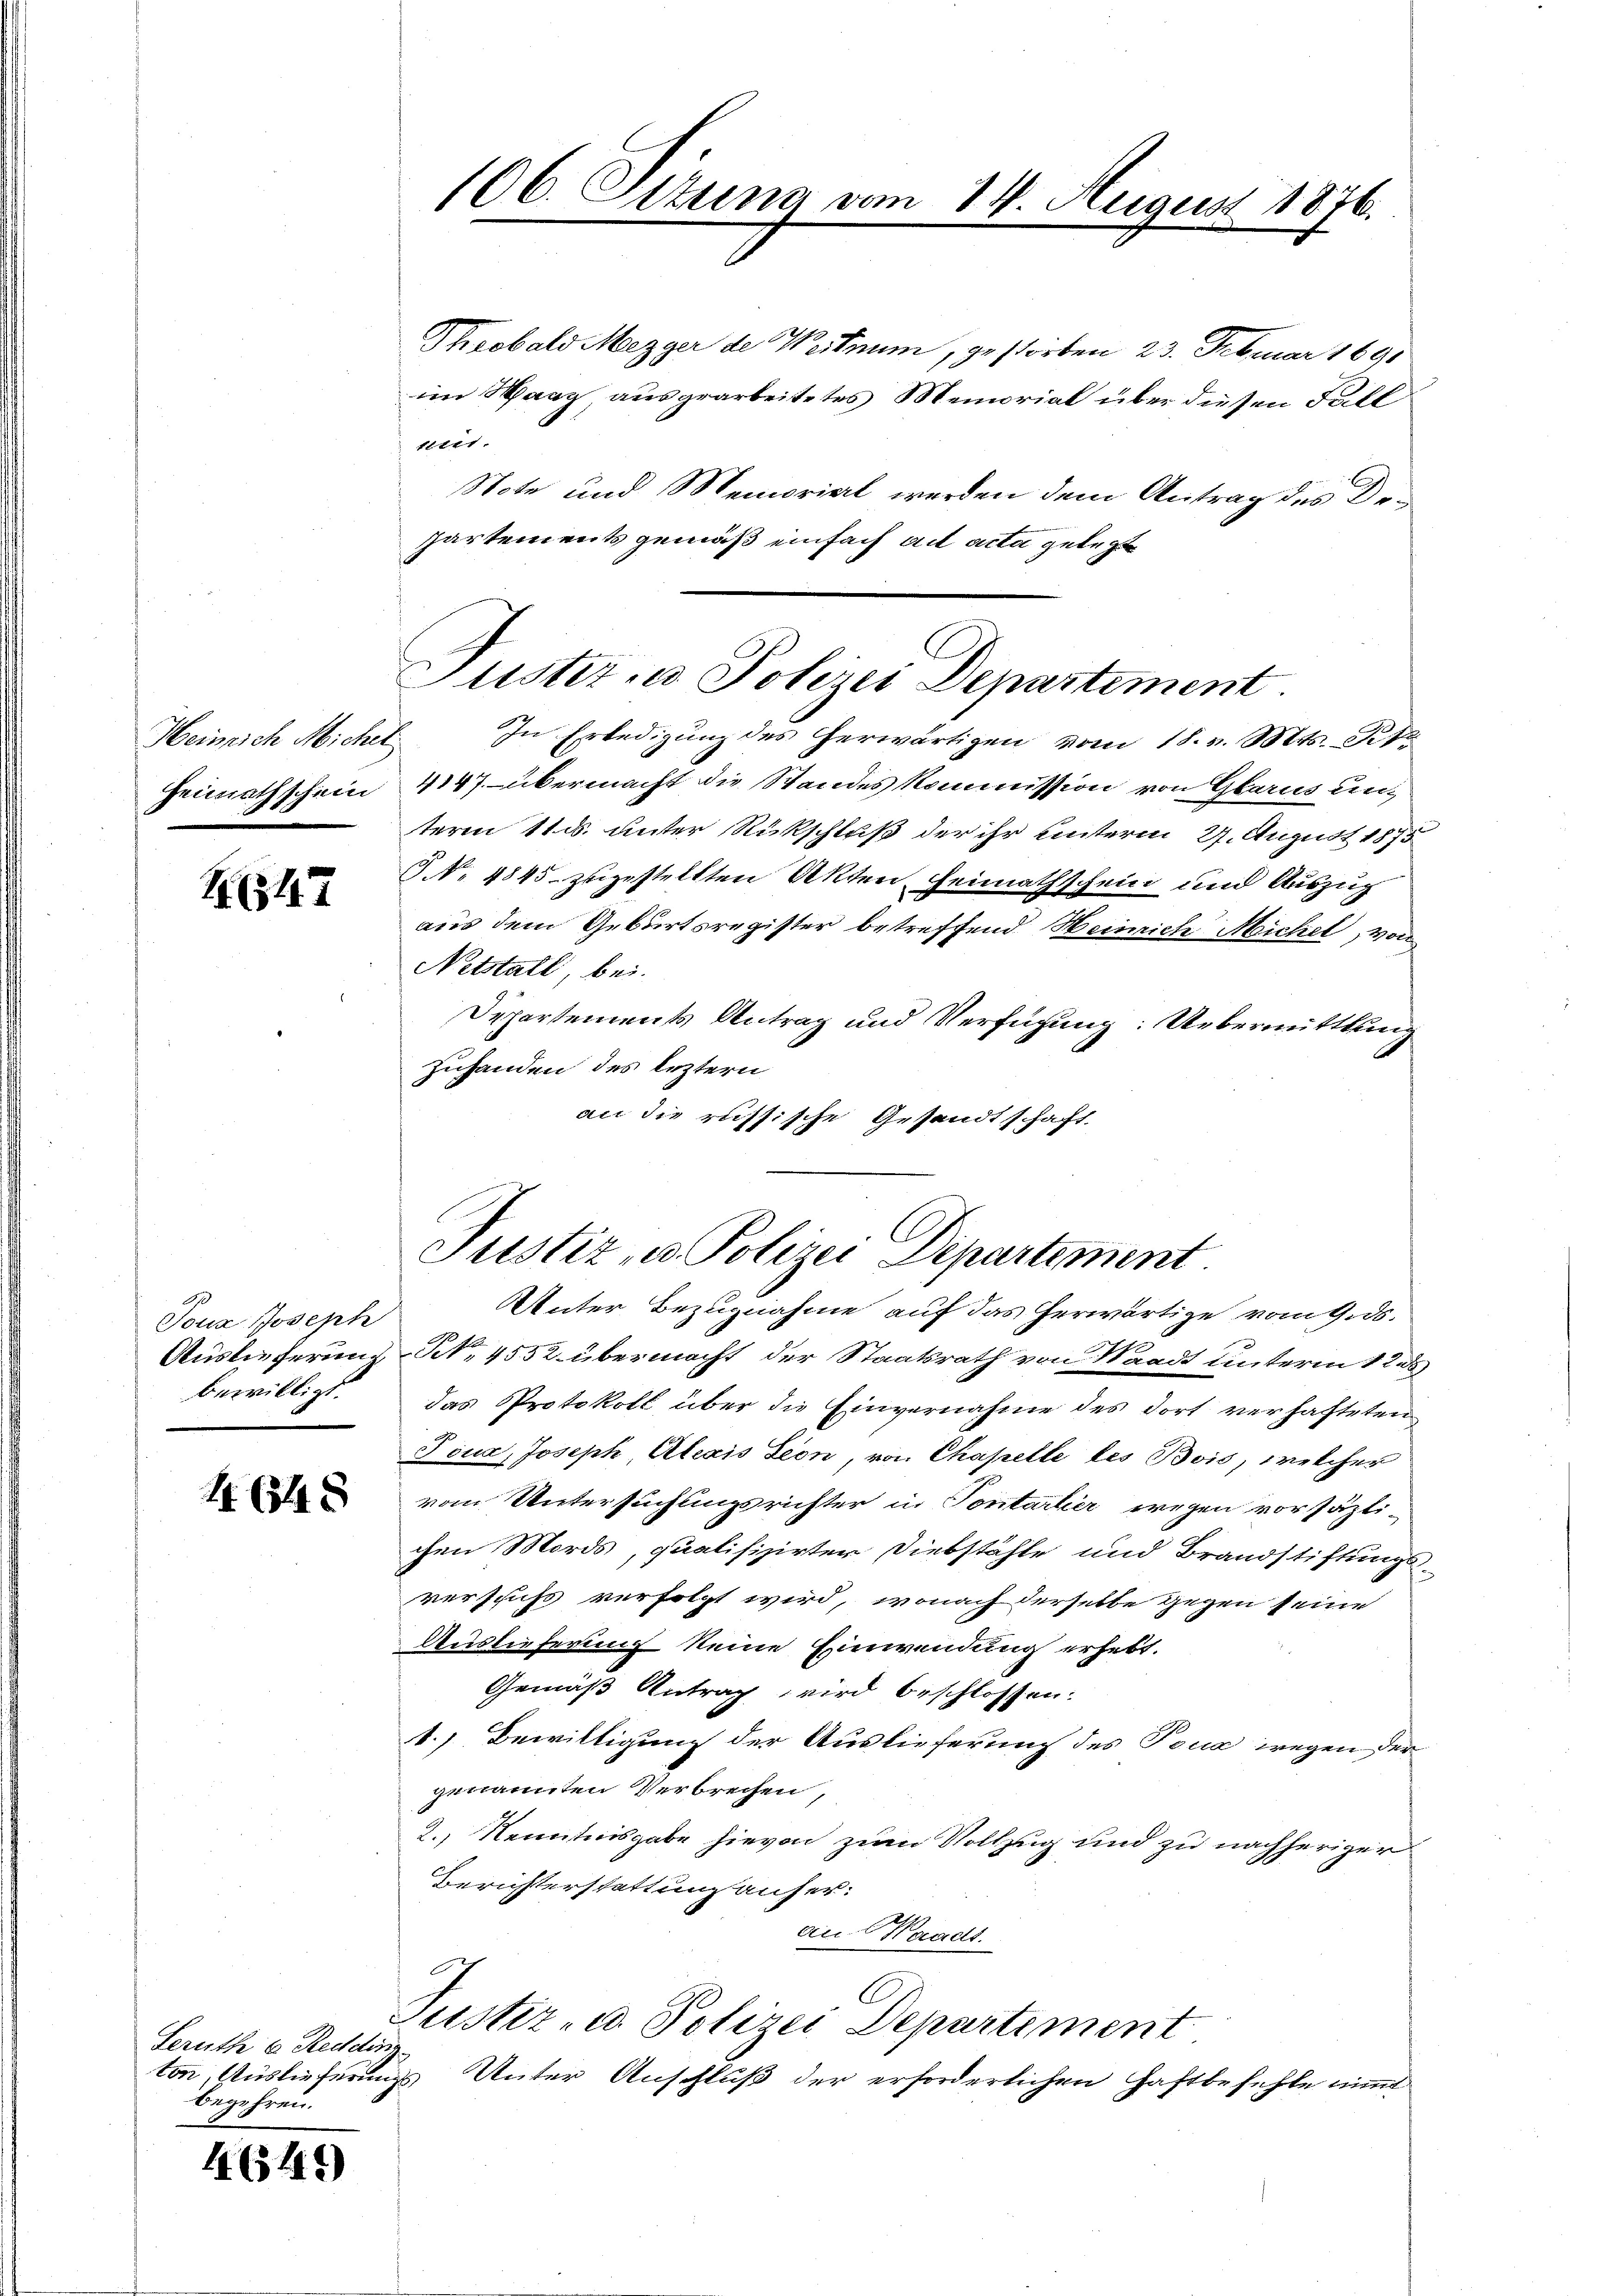
Heinrich Micher
Heimathschein

247

Touz Joseph
bewilligt.

Seruthe 6. Redding
begehren.

444)

Theobald Mezger de Westnum, gestorben 23. Februar 1890
im Haag, ausgearbeitetes Memorial über diesen Fall
tttet.
Note und Memorial werden dem Antrag des Dopartements gemäß einfach ad acta gelegt

106. Stuna vom

14. August 1876.

Justiz u. Polizei Departement.

In Erledigung des herwärtigen vom 18. v. Mts. Pete
4147. übermacht die Standes Kommission von Glarus un
term 11. ds. unter Rückschluß der ihr unterm 27. August 1875
No 4845 zugestellten Akten, Heimathschein und Auszug
aus dem Geburtsregister betreffend Heinrich Michel, von
Netstall, bei.
Departements Antrag und Verfügung: Uebermittlung
Zuhanden des leztern
an die russische Gesandtschaft,

Auslieferung Nr. 4552 übermacht der Staatsrath von Waadt unterm 12.
das Protokoll über die Einvernahme des dort verhafteten
Joua, Joseph, Alexis Seon, von Chapelle des Bois, welcher
 vom Untersuchungsrichter in Pontartier wegen vorsätti-
chen Mords, qualifizirter Diebstähle und Brandstiftungs-
verschuss verfolgt wird, wonach derselbe gegen seine
Auslieferung keine Einwendung erhebt.
Gemäß Antrag wird beschlossen.
1.) Bewilligung der Auslieferung des Tona wegen der
genannten Verbrechen,
2., Kenntnisgabe hievon zum Vollzug und zu nachheriger
Berichterstattung anherau. Waadt.
7
Justiz- u. Polizei Departement
ton, Auslieferungs Unter Anschluß der erforderlichen Haftbefehle nimmt

Justiz- u. Polizei Departement
Unter Bezugnahme auf das herwärtige vom 9. ds.